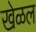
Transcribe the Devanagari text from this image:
खेळल